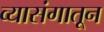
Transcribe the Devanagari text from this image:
व्यासंगातून